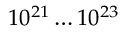
1 0 ^ { 2 1 } \dots 1 0 ^ { 2 3 }